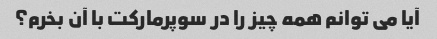
آیا می توانم همه چیز را در سوپرمارکت با آن بخرم؟